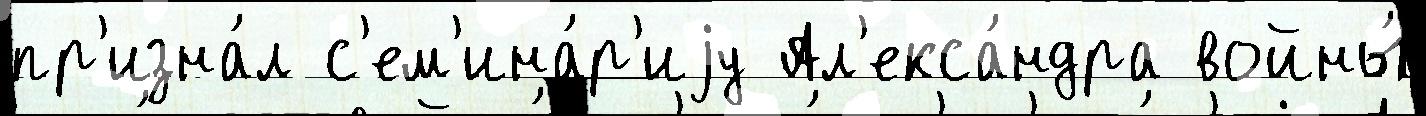
пр'изна́л с'ем'ина́р'иjу Ал'екса́ндра войны́